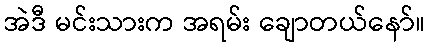
အဲဒီ မင်းသားက အရမ်း ချောတယ်နော်။